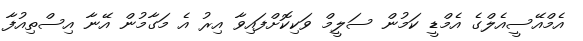
އެމްއޭސީއެލްގެ އެމްޑީ ކަމުން ސަލީމް ވަކިކޮށްފައިވާ އިރު އެ މަގާމުން އޭނާ އިސްތިއުފާ